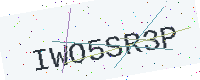
Text: IWO5SR3P